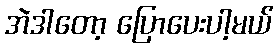
အဲဒါတော့ ပြောပေးပါ့မယ်